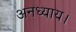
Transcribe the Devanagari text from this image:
अनध्याय।